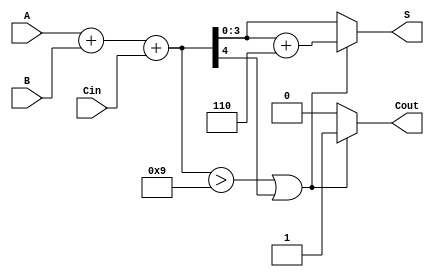
module BCD_Async_Adder (
    input [3:0] A,       // 4-bit BCD input A
    input [3:0] B,       // 4-bit BCD input B
    input Cin,           // Carry-in
    output reg [3:0] S,  // 4-bit BCD output S
    output reg Cout      // Carry-out
);

    wire [4:0] sum;      // 5-bit sum to accommodate carry
    wire correction;      // Correction flag

    // Step 1: Perform binary addition
    assign sum = A + B + Cin;

    // Step 2: Check for BCD correction
    assign correction = (sum > 9) || sum[4]; // Check if sum exceeds BCD limit

    // Step 3: Generate output
    always @(*) begin
        if (correction) begin
            S = sum + 6; // Apply BCD correction
            Cout = 1;    // Set carry-out
        end else begin
            S = sum[3:0]; // No correction needed
            Cout = 0;     // No carry-out
        end
    end

endmodule